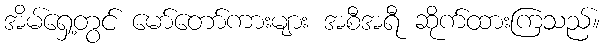
အိမ်ရှေ့တွင် မော်တော်ကားများ အစီအရီ ဆိုက်ထားကြသည်။